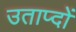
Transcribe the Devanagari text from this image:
उताप्दों